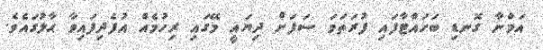
އަމްނާ ގޮނޑި ބަހައްޓާފައި ފުރަތަމަ ސަފަށް ދިޔައީ މޭގައި ރިހުމެއް އުފެދިފައިވާ ޙާލުގައެވެ.